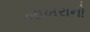
ખાખરાનો